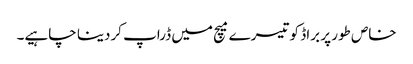
خاص طور پر براڈ کو تیسرے میچ میں ڈراپ کردینا چاہیے۔